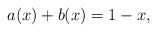
LaTeX: \begin{align*} a(x)+b(x)=1-x,\end{align*}